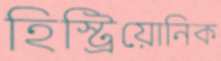
হিস্ট্রিয়োনিক